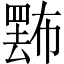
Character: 𢅄